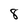
Character: 8